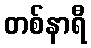
တစ်နာရီ